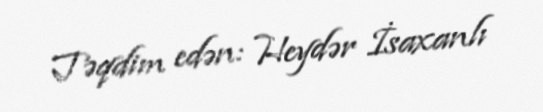
Təqdim edən: Heydər İsaxanlı